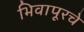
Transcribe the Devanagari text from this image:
भिवापूरचे